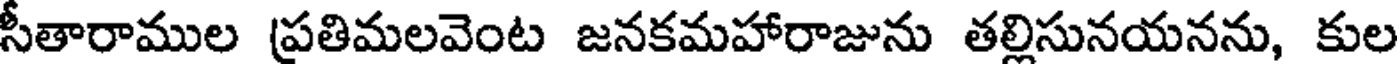
సీతారాముల (ప్రతిమలవెంట జనకమహారాజును తల్లిసునయనను, కుల